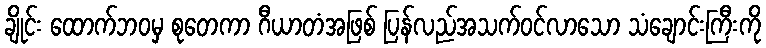
ချိုင်း ထောက်ဘဝမှ စုတေကာ ဂီယာတံအဖြစ် ပြန်လည်အသက်ဝင်လာသော သံချောင်းကြီးကို